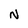
Character: N